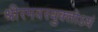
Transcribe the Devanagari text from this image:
श्रीरमवरयुक्‍तोऽयं